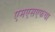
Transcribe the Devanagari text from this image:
एमएसएफचा